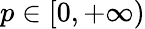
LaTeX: p\in[0,+\infty)